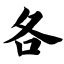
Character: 各